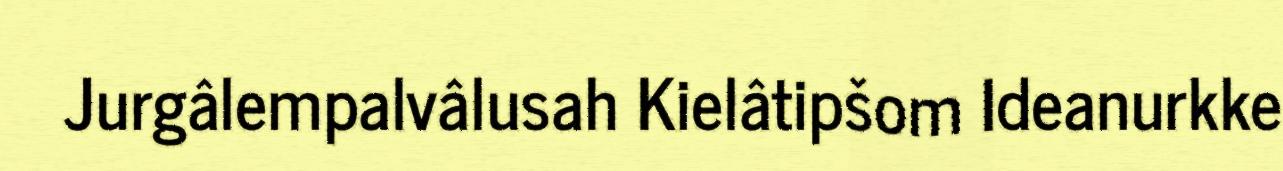
Jurgâlempalvâlusah Kielâtipšom Ideanurkke